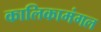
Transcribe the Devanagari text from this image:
कालिकामंगल